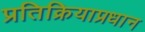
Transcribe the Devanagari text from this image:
प्रतिक्रियाप्रधान